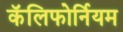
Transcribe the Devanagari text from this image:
कॅलिफोर्नियम